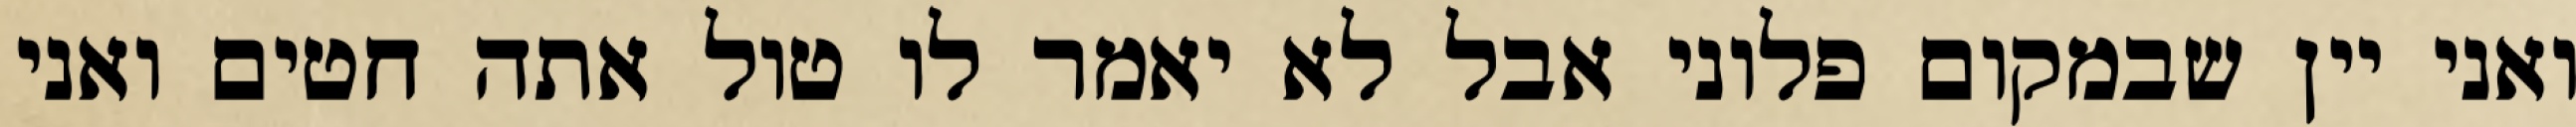
ואני יין שבמקום פלוני אבל לא יאמר לו טול אתה חטים ואני